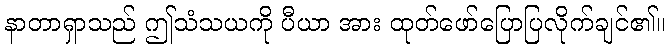
နာတာရှာသည် ဤသံသယကို ပီယာ အား ထုတ်ဖော်ပြောပြလိုက်ချင်၏။